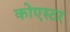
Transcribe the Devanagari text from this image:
कोएस्टर